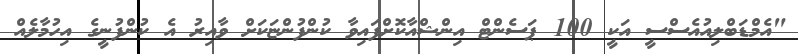
"އެމްޑަބްލިއުއެސްސީ އަކީ 100 ޕަސެންޓް އިންޝްއާކޮށްފައިވާ ކުންފުންޏަކަށް ވާއިރު އެ ކުންފުނީގެ އިހުމާލެއް